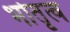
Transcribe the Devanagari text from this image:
भोतृत्व